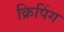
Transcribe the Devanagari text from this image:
क्रिपिंग